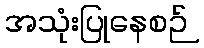
အသုံးပြုနေစဉ်